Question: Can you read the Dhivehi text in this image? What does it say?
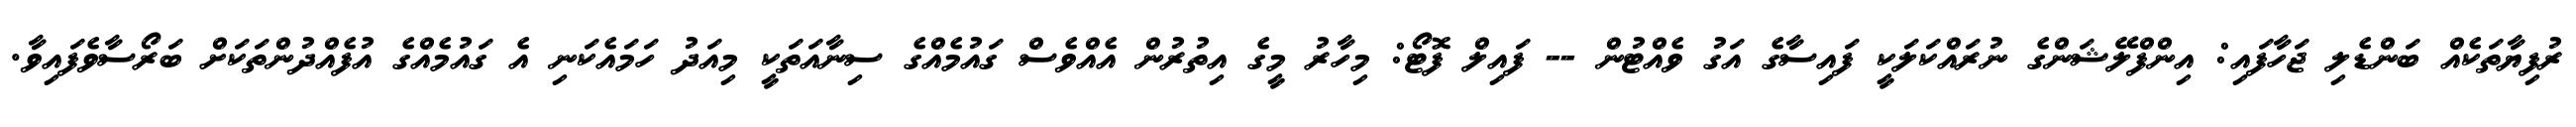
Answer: ރުފިޔާތަކެއް ބަންޑެލި ޖަހާފައި: އިންފްލޭޝަންގެ ނުރައްކަލަކީ ފައިސާގެ އަގު ވެއްޓުން -- ފައިލް ފޮޓޯ: މިހާރު މީގެ އިތުރުން އެއްވެސް ގައުމެއްގެ ސިނާއަތަކީ މިއަދު ހަމައެކަނި އެ ގައުމެއްގެ އުފެއްދުންތަކަށް ބަރޯސާވެފައިވާ.